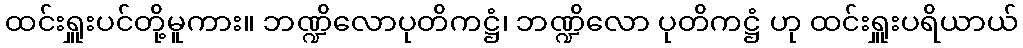
ထင်းရှူးပင်တို့မူကား။ ဘဏ္ဍိလောပုတိကဋ္ဌံ၊ ဘဏ္ဍိလော ပုတိကဋ္ဌံ ဟု ထင်းရှူးပရိယာယ်